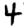
Digit: 4